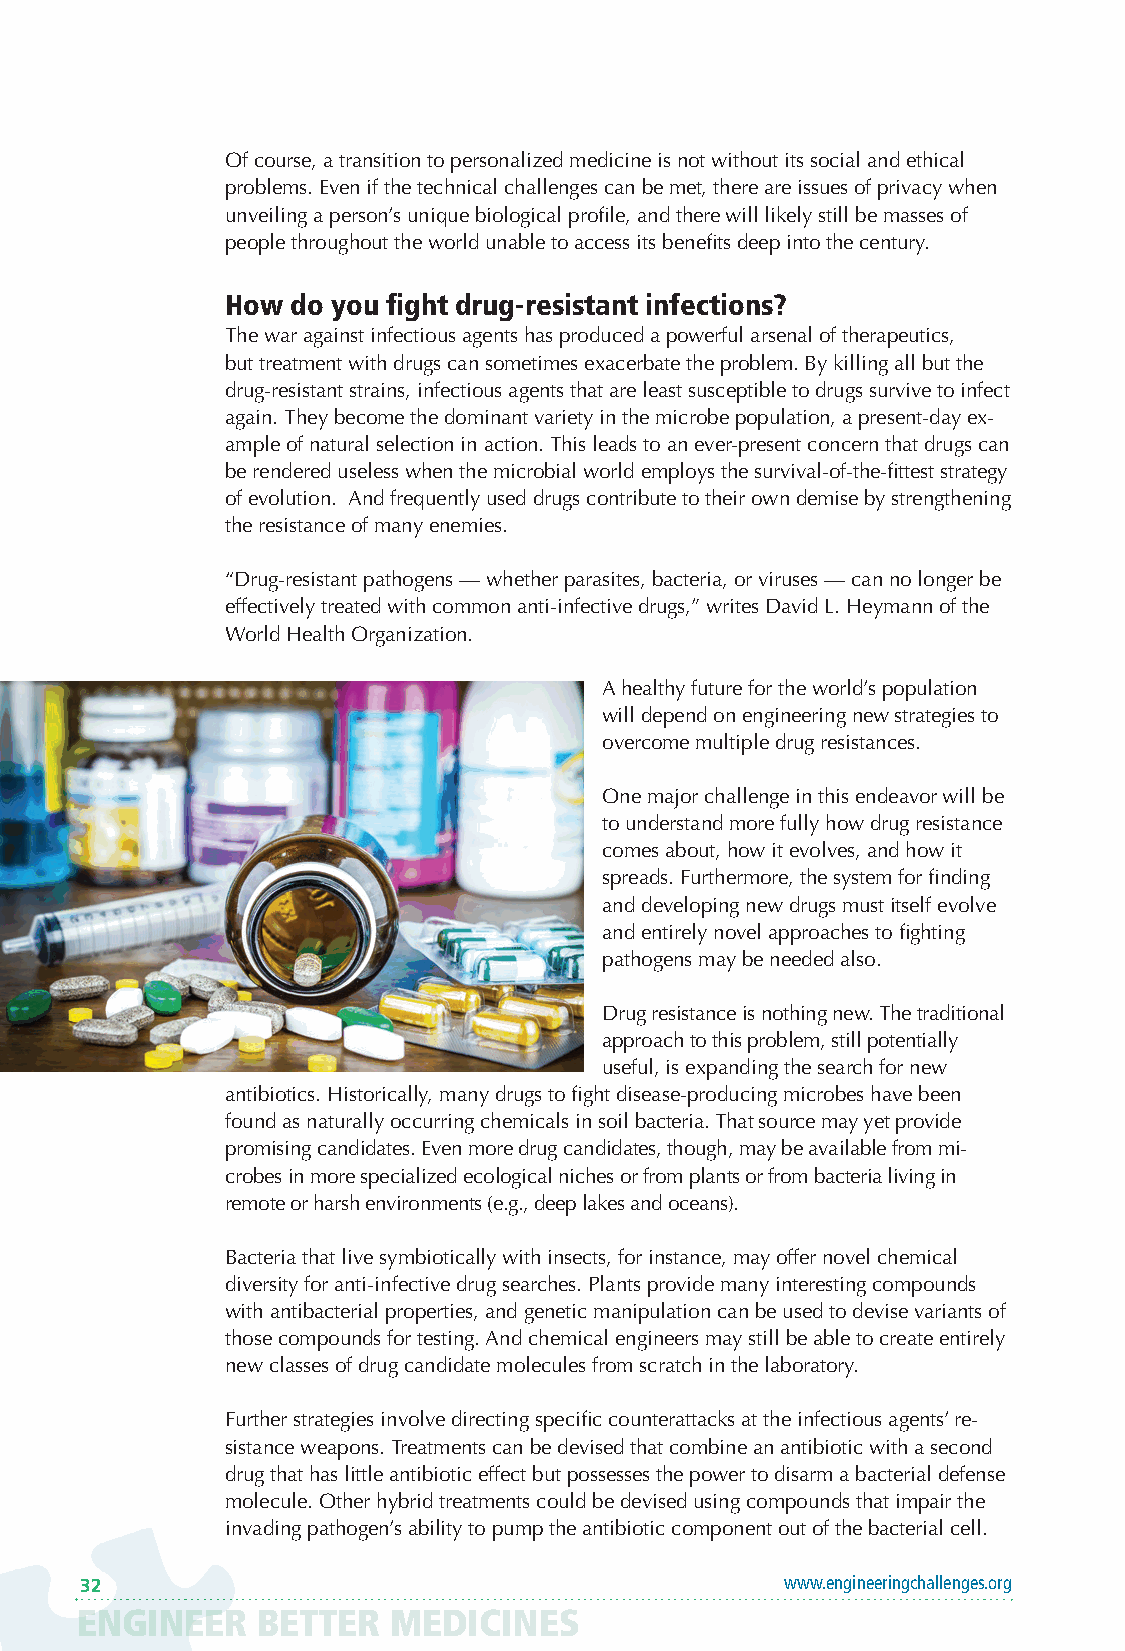
Of course, a transition to personalized medicine is not without its social and ethical
 problems. Even if the technical challenges can be met, there are issues of privacy when
 unveiling a person’s unique biological profile, and there will likely still be masses of
 people throughout the world unable to access its benefits deep into the century.
 How do you fight drug-resistant infections?
 The war against infectious agents has produced a powerful arsenal of therapeutics,
 but treatment with drugs can sometimes exacerbate the problem. By killing all but the
 drug-resistant strains, infectious agents that are least susceptible to drugs survive to infect
 again. They become the dominant variety in the microbe population, a present-day ex-
 ample of natural selection in action. This leads to an ever-present concern that drugs can
 be rendered useless when the microbial world employs the survival-of-the-fittest strategy
 of evolution. And frequently used drugs contribute to their own demise by strengthening
 the resistance of many enemies.
 “Drug-resistant pathogens — whether parasites, bacteria, or viruses — can no longer be
 effectively treated with common anti-infective drugs,” writes David L. Heymann of the
 World Health Organization.
 A healthy future for the world’s population
 will depend on engineering new strategies to
 overcome multiple drug resistances.
 One major challenge in this endeavor will be
 to understand more fully how drug resistance
 comes about, how it evolves, and how it
 spreads. Furthermore, the system for finding
 and developing new drugs must itself evolve
 and entirely novel approaches to fighting
 pathogens may be needed also.
 Drug resistance is nothing new. The traditional
 approach to this problem, still potentially
 useful, is expanding the search for new
 antibiotics. Historically, many drugs to fight disease-producing microbes have been
 found as naturally occurring chemicals in soil bacteria. That source may yet provide
 promising candidates. Even more drug candidates, though, may be available from mi-
 crobes in more specialized ecological niches or from plants or from bacteria living in
 remote or harsh environments (e.g., deep lakes and oceans).
 Bacteria that live symbiotically with insects, for instance, may offer novel chemical
 diversity for anti-infective drug searches. Plants provide many interesting compounds
 with antibacterial properties, and genetic manipulation can be used to devise variants of
 those compounds for testing. And chemical engineers may still be able to create entirely
 new classes of drug candidate molecules from scratch in the laboratory.
 Further strategies involve directing specific counterattacks at the infectious agents’ re-
 sistance weapons. Treatments can be devised that combine an antibiotic with a second
 drug that has little antibiotic effect but possesses the power to disarm a bacterial defense
 molecule. Other hybrid treatments could be devised using compounds that impair the
 invading pathogen’s ability to pump the antibiotic component out of the bacterial cell.
 32                                             www.engineeringchallenges.org
 ENGINEER    BETTER   MEDICINES